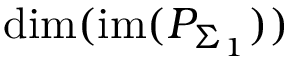
\mathrm { d i m } ( \mathrm { i m } ( P _ { \Sigma _ { 1 } } ) )